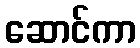
ဆောင်ကာ